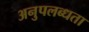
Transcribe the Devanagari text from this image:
अनुपलब्‍धता